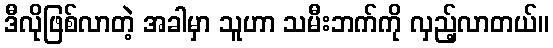
ဒီလိုဖြစ်လာတဲ့ အခါမှာ သူဟာ သမီးဘက်ကို လှည့်လာတယ်။